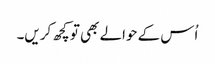
اُس کے حوالے بھی تو کچھ کریں۔